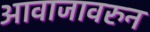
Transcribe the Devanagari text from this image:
आवाजावरुन